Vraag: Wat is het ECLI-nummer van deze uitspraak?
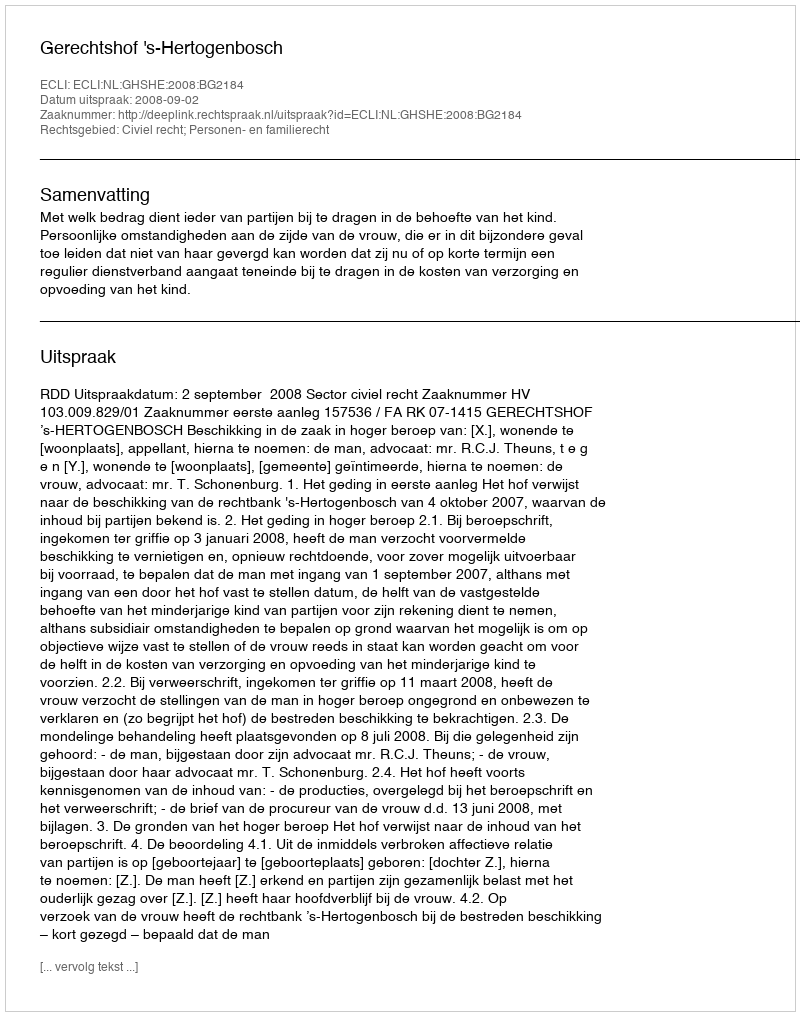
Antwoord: ECLI:NL:GHSHE:2008:BG2184